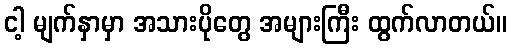
ငါ့ မျက်နှာမှာ အသားပိုတွေ အများကြီး ထွက်လာတယ်။